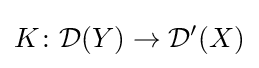
K\colon {\mathcal {D}}(Y)\to {\mathcal {D}}'(X)